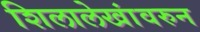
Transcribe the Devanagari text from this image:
शिलालेखांवरुन